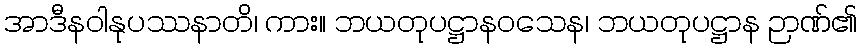
အာဒီနဝါနုပဿနာတိ၊ ကား။ ဘယတုပဋ္ဌာနဝသေန၊ ဘယတုပဋ္ဌာန ဉာဏ်၏